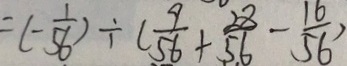
= ( - \frac { 1 } { 5 6 } ) \div ( \frac { 9 } { 5 6 } + \frac { 2 8 } { 5 6 } - \frac { 1 6 } { 5 6 } )